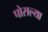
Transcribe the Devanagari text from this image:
पोसल्या